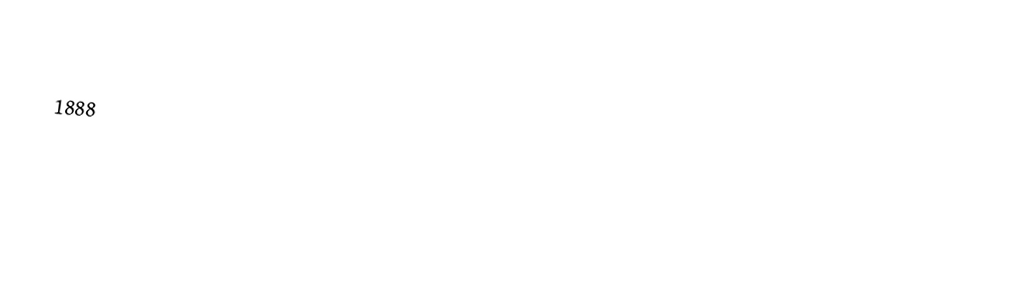

1888